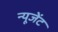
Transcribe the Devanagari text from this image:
न्यूजेंट